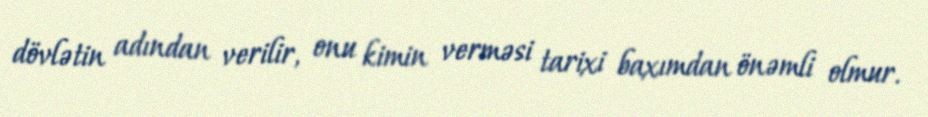
dövlətin adından verilir, onu kimin verməsi tarixi baxımdan önəmli olmur.